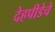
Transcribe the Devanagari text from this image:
देहपीडेचे